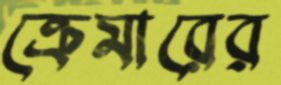
ক্রেমারের